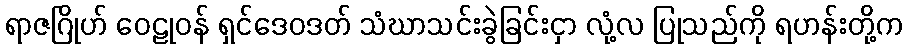
ရာဇဂြိုဟ် ဝေဠုဝန် ရှင်ဒေဝဒတ် သံဃာသင်းခွဲခြင်းငှာ လုံ့လ ပြုသည်ကို ရဟန်းတို့က